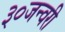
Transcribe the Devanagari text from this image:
३०जन्वरी